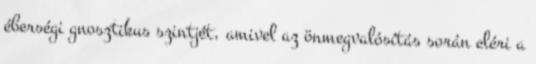
éberségi gnosztikus szintjét, amivel az önmegvalósítás során eléri a